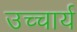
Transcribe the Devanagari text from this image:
उच्चार्य